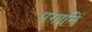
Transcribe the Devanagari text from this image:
पगानिं